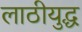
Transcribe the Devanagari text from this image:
लाठीयुद्ध